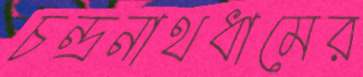
চন্দ্রনাথধামের